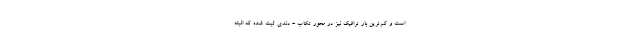
است و کم‌ترین بار ترافیک نیز در محور تکاب - دندی ثبت شده که البته